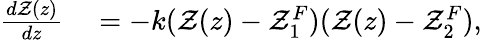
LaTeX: \begin{array}{rl}{\frac{d\mathcal{Z}(z)}{dz}}&{{}=-k(\mathcal{Z}(z)-\mathcal{Z}_{1}^{F})(\mathcal{Z}(z)-\mathcal{Z}_{2}^{F}),}\end{array}